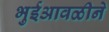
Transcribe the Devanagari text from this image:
भुईआवळीने